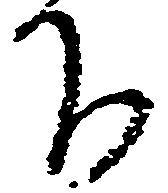
下